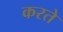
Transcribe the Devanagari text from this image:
करते